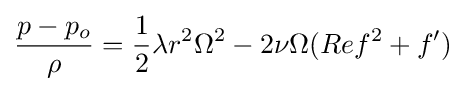
{\frac {p-p_{o}}{\rho }}={\frac {1}{2}}\lambda r^{2}\Omega ^{2}-2\nu \Omega (Ref^{2}+f')